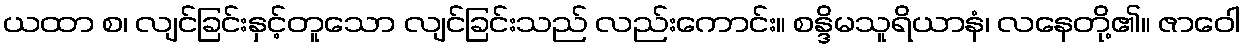
ယထာ စ၊ လျင်ခြင်းနှင့်တူသော လျင်ခြင်းသည် လည်းကောင်း။ စန္ဒိမသူရိယာနံ၊ လနေတို့၏။ ဇာဝေါ